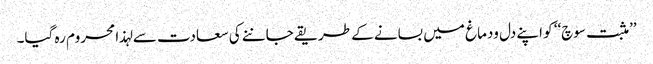
’’مثبت سوچ‘‘ کو اپنے دل ودماغ میں بسانے کے طریقے جاننے کی سعادت سے لہذا محروم رہ گیا۔